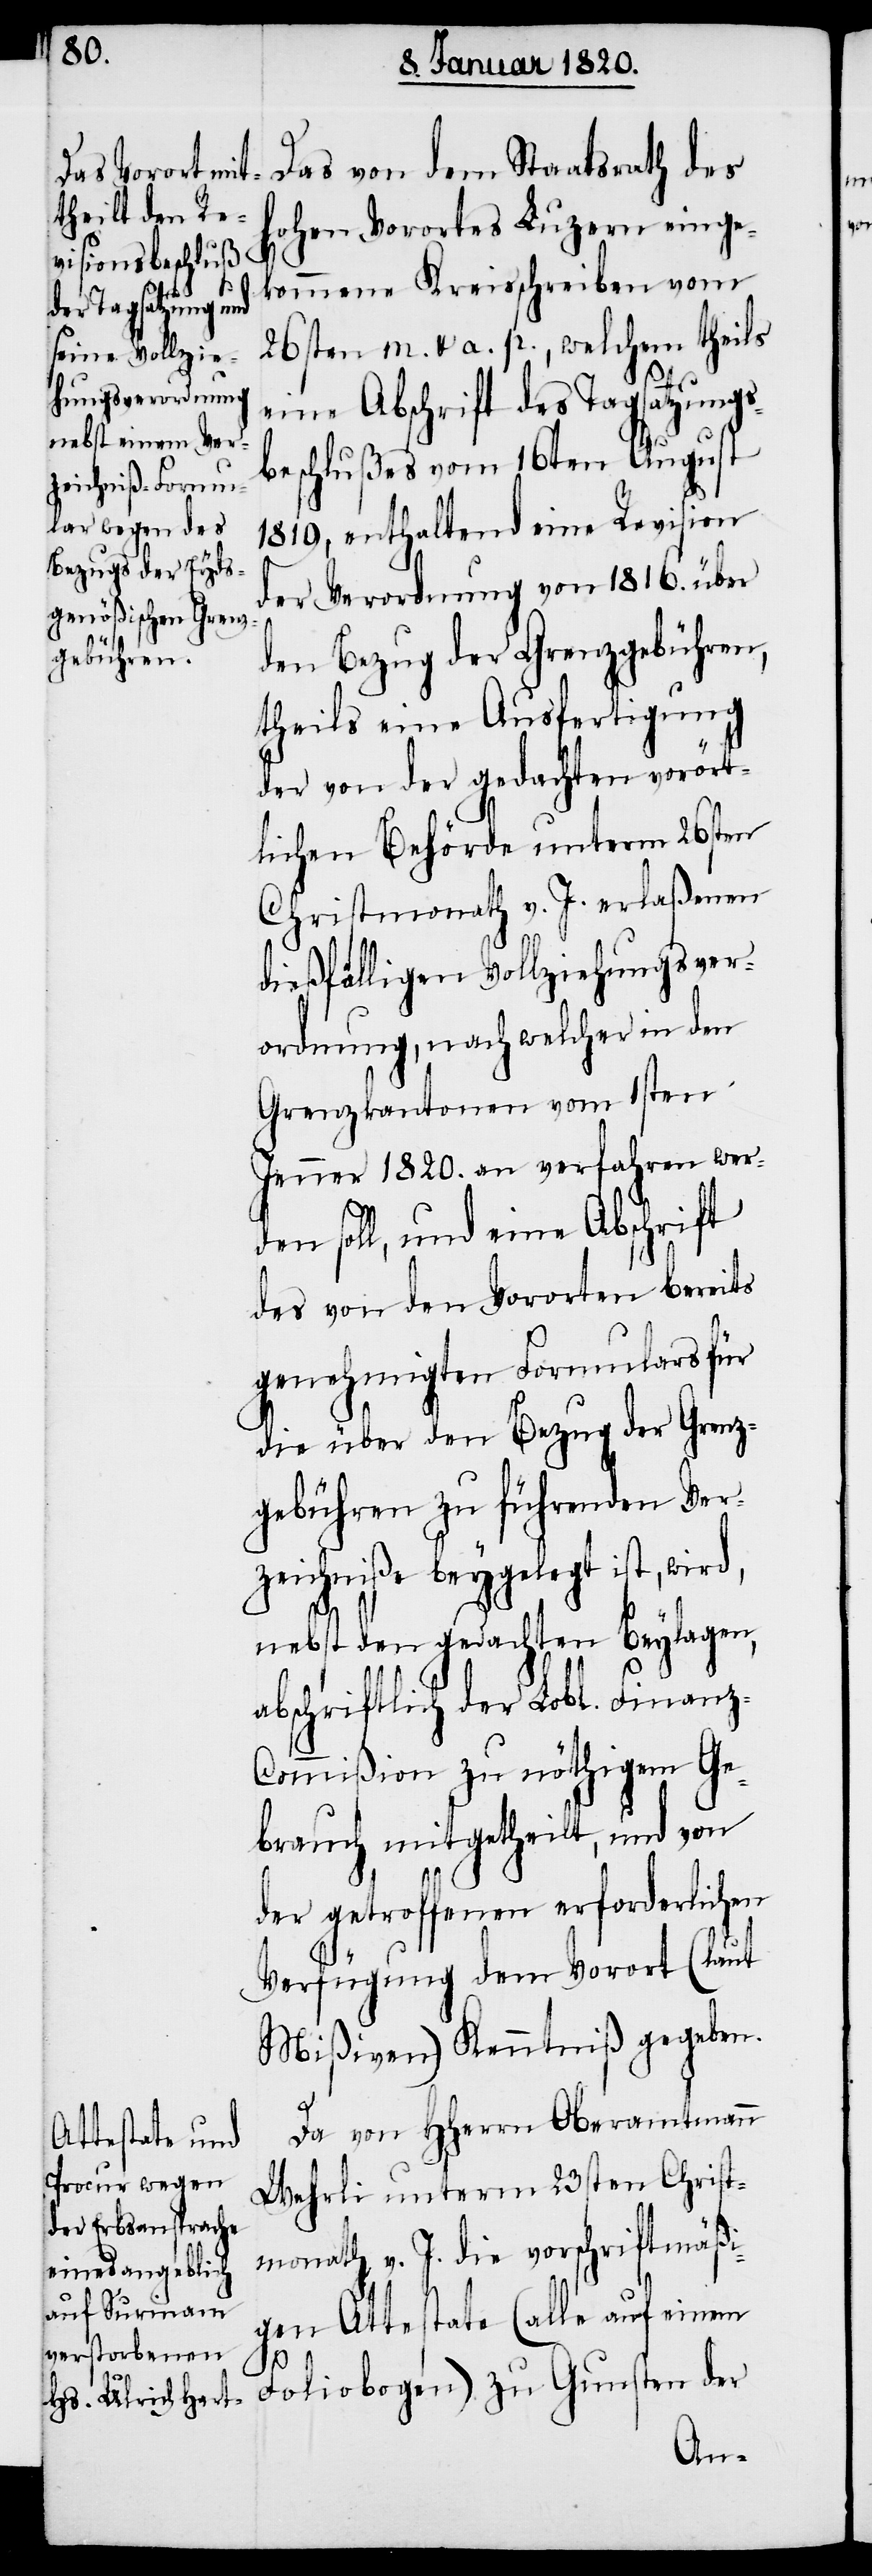
Das von dem Staatsrath des
hohen Vorortes Luzern einge¬
kommene Kreisschreiben vom
26sten m. [?et.] a. p., welchem theils
eine Abschrift des Tagsatzungs¬
beschlußes vom 16ten August
1819, enthaltend eine Revision
der Verordnung von 1816. über
den Bezug der Grenzgebühren,
theils eine Ausfertigung
der von der gedachten vorört¬
lichen Behörde unterm 26sten
Christmonath v. J. erlaßenen
dießfälligen Vollziehungsver¬
ordnung, nach welcher in den
Grenzkantonen vom 1sten
Jenner 1820. an verfahren wer¬
den soll, und eine Abschrift
des von den Vororten bereits
genehmigten Formulars für
die über den Bezug der Grenz¬
gebühren zu führenden Ver¬
zeichniße beygelegt ist, wird,
nebst den gedachten Beylagen,
abschriftlich der Lobl. Finanz-C¬
ommißion zu nöthigem Ge¬
brauch mitgetheilt, und von
der getroffenen erforderlichen
Verfügung dem Vorort (laut
Mißiven) Kenntniß gegeben.
Da von HHerrn Oberamtmann
Wehrli unterm 23sten Christ¬
monath v. J. die vorschriftmäßi¬
gen Attestate (alle auf einem
Foliobogen) zu Gunsten der